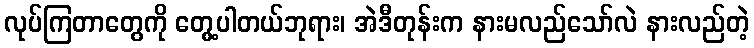
လုပ်ကြတာတွေကို တွေ့ပါတယ်ဘုရား၊ အဲဒီတုန်းက နားမလည်သော်လဲ နားလည်တဲ့